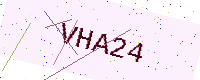
Text: VHA24